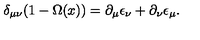
\delta _ { \mu \nu } ( 1 - \Omega ( x ) ) = \partial _ { \mu } \epsilon _ { \nu } + \partial _ { \nu } \epsilon _ { \mu } .